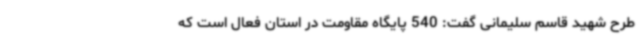
طرح شهید قاسم سلیمانی گفت: 540 پایگاه مقاومت در استان فعال است که